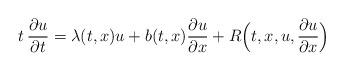
LaTeX: \begin{align*} t \,\frac{\partial u}{\partial t} = \lambda(t,x)u+ b(t,x) \frac{\partial u}{\partial x} + R \Bigl( t,x,u, \frac{\partial u}{\partial x} \Bigr)\end{align*}